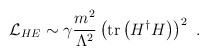
\begin{align*}{\cal L}_{HE} \sim \gamma {{m^2} \over {\Lambda^2}} \left( {\rm tr} \left( H^{\dag} H \right) \right)^2 \ .\end{align*}